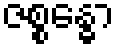
ဇစ္စန္ဓော